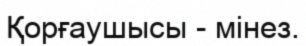
Қорғаушысы - мінез.